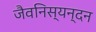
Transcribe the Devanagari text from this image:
जैवनिस्यन्दन